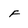
Character: F